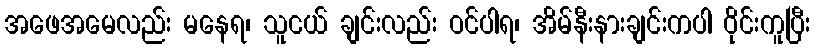
အဖေအမေလည်း မနေရ၊ သူငယ် ချင်းလည်း ဝင်ပါရ၊ အိမ်နီးနားချင်းကပါ ဝိုင်းကူပြီး